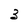
Character: 3